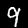
Digit: 9